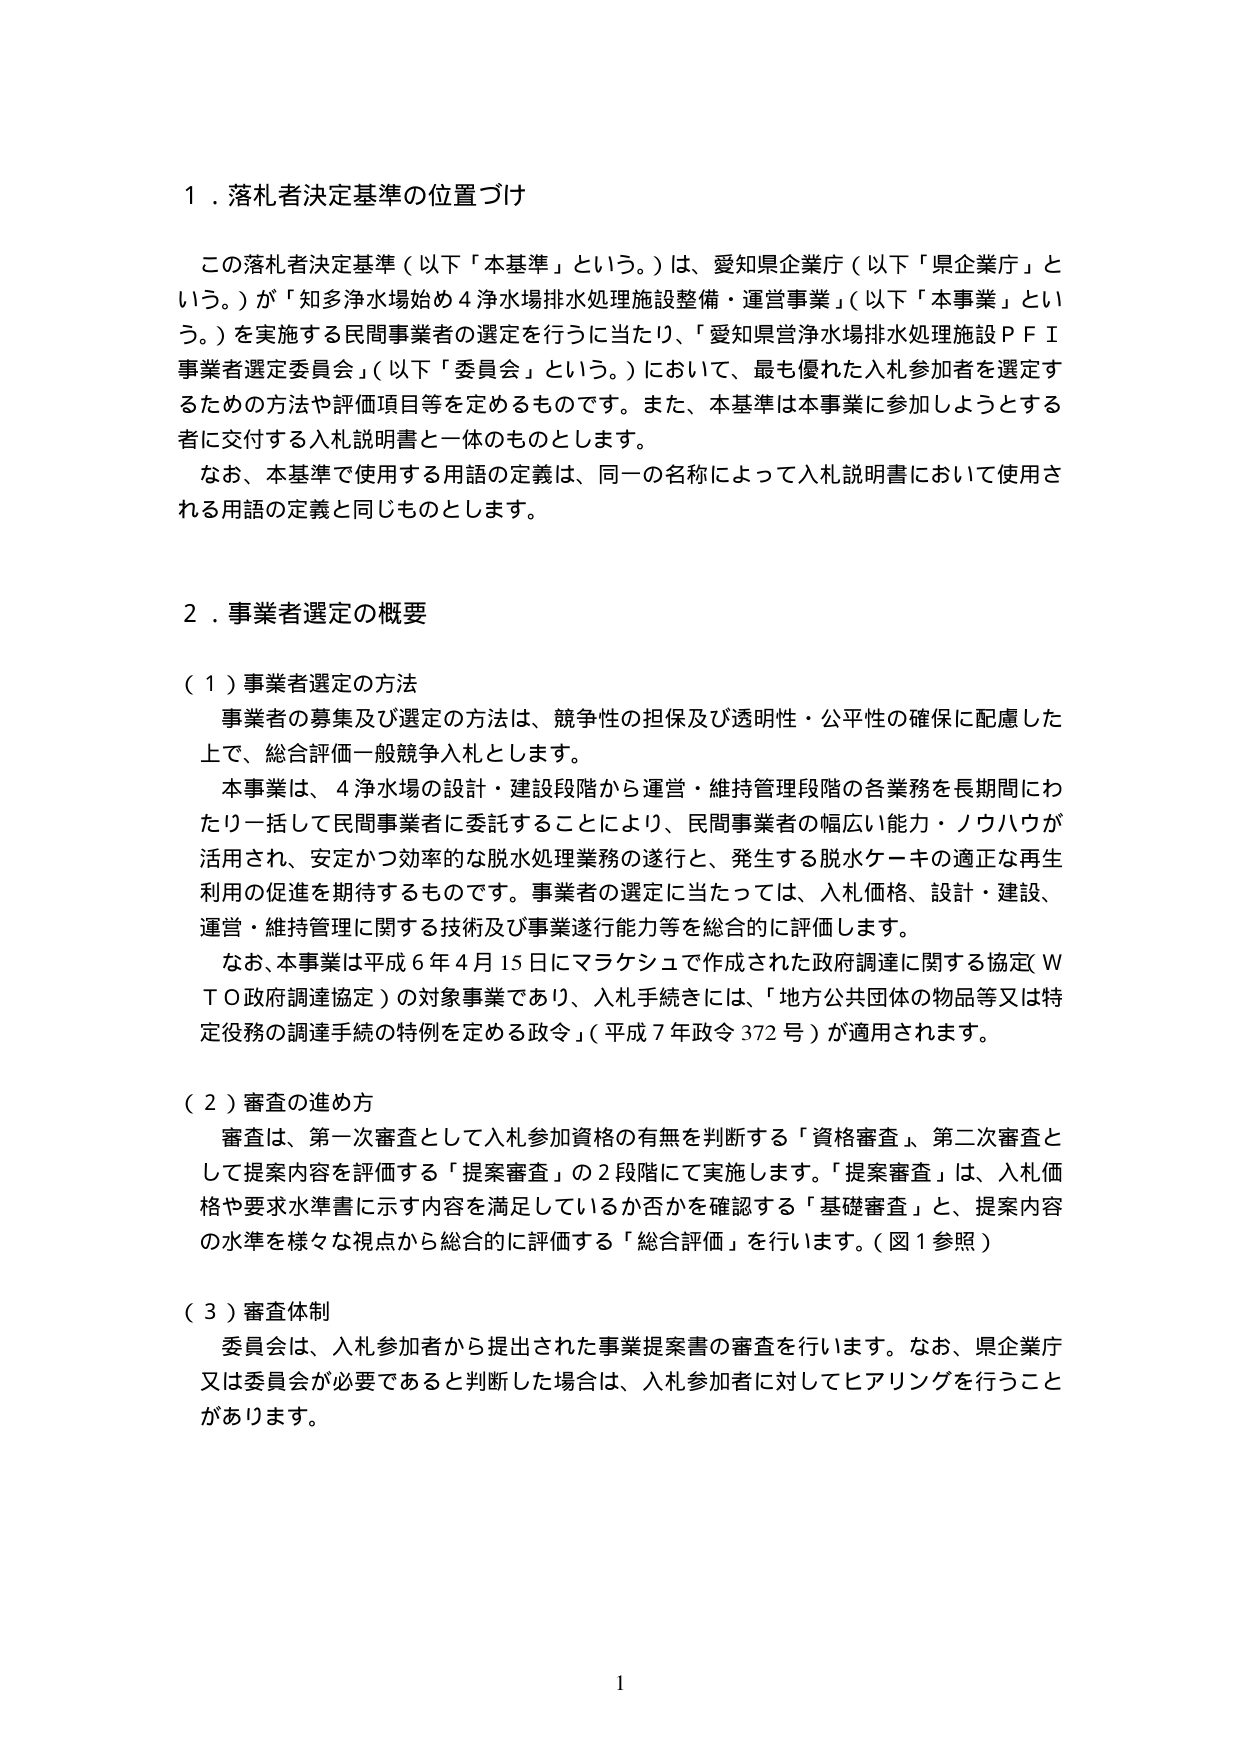
１．落札者決定基準の位置づけ

この落札者決定基準（以下「本基準」という。）は、愛知県企業庁（以下「県企業庁」という。）が「知多浄水場始め４浄水場排水処理施設整備・運営事業」（以下「本事業」という。）を実施する民間事業者の選定を行うに当たり、「愛知県営浄水場排水処理施設ＰＦＩ事業者選定委員会」（以下「委員会」という。）において、最も優れた入札参加者を選定するための方法や評価項目等を定めるものです。また、本基準は本事業に参加しようとする者に交付する入札説明書と一体のものとします。

なお、本基準で使用する用語の定義は、同一の名称によって入札説明書において使用される用語の定義と同じものとします。

２．事業者選定の概要

（１）事業者選定の方法

事業者の募集及び選定の方法は、競争性の担保及び透明性・公平性の確保に配慮した上で、総合評価一般競争入札とします。

本事業は、４浄水場の設計・建設段階から運営・維持管理段階の各業務を長期間にわたり一括して民間事業者に委託することにより、民間事業者の幅広い能力・ノウハウが活用され、安定かつ効率的な脱水処理業務の遂行と、発生する脱水ケーキの適正な再生利用の促進を期待するものです。事業者の選定に当たっては、入札価格、設計・建設、運営・維持管理に関する技術及び事業遂行能力等を総合的に評価します。

なお、本事業は平成６年４月15日にマラケシュで作成された政府調達に関する協定（ＷＴＯ政府調達協定）の対象事業であり、入札手続きには、「地方公共団体の物品等又は特定役務の調達手続の特例を定める政令」（平成７年政令372号）が適用されます。

（２）審査の進め方

審査は、第一次審査として入札参加資格の有無を判断する「資格審査」、第二次審査として提案内容を評価する「提案審査」の２段階にて実施します。「提案審査」は、入札価格や要求水準書に示す内容を満足しているか否かを確認する「基礎審査」と、提案内容の水準を様々な視点から総合的に評価する「総合評価」を行います。（図１参照）

（３）審査体制

委員会は、入札参加者から提出された事業提案書の審査を行います。なお、県企業庁又は委員会が必要であると判断した場合は、入札参加者に対してヒアリングを行うことがあります。

1